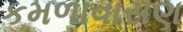
કમળાવાસણ